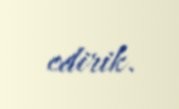
edirik.